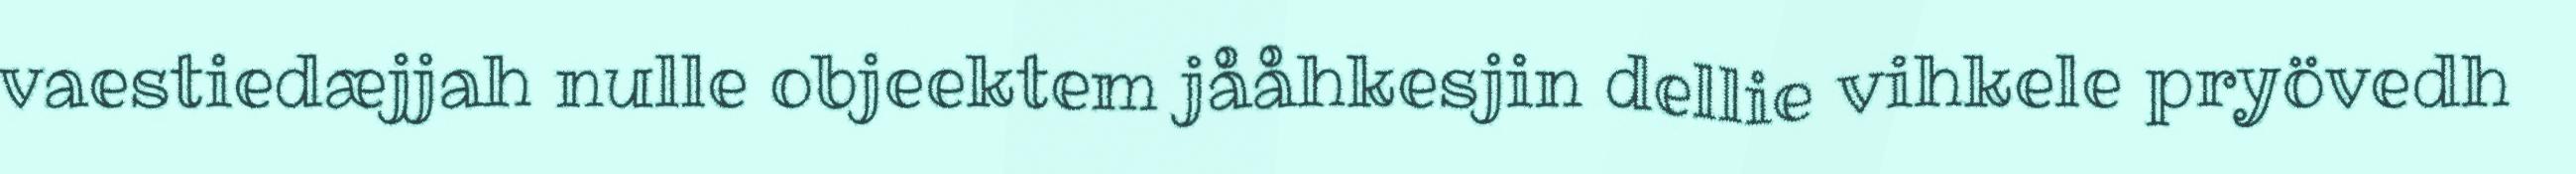
vaestiedæjjah nulle objeektem jååhkesjin dellie vihkele pryövedh